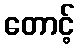
တောင့်